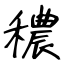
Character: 穠